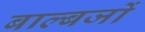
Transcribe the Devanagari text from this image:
बाल्बजों